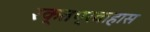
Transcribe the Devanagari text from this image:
रक्तप्रवाहास